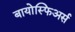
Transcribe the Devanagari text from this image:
बायोस्फिअर्स